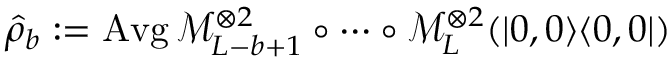
{ \hat { \rho } } _ { b } : = \operatorname { A v g } \mathcal { M } _ { L - b + 1 } ^ { \otimes 2 } \circ \dotsb \circ \mathcal { M } _ { L } ^ { \otimes 2 } ( | 0 , 0 \rangle \langle 0 , 0 | )